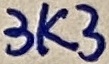
Text: 3K3